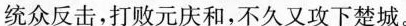
统众反击，打败元庆和，不久又攻下楚城。